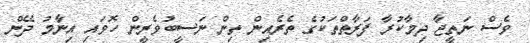
ވެސް ނަތީޖާ ދިމާކުރާ ފަރާތްތަކުގެ ތެރެއިން ތިން ނަސީބުވެރީން ހޮވައި އިނާމު ދޭން